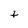
Character: t